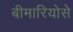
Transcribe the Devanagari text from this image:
बीमारियोसे